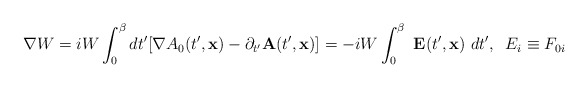
\begin{align*}{\bf \nabla} W = iW \int^\beta_0 dt^{\prime} [\nabla A_0 (t^{\prime}, {\bf x}) -\partial_{t^{\prime}} {\bf A} (t^{\prime}, {\bf x})] =-iW\int^\beta_0~{\bf E}(t^{\prime},{\bf x})~dt^{\prime}, \;\; E_i \equiv F_{0i}\end{align*}